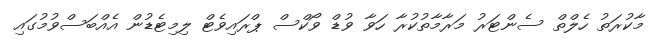
މާކުރަތު ހެލްތް ސެންޓަރު މަރާމާތުކުރާ ހަވާ ވުޑް ވޯކްސް ޕްރައިވެޓް ލިމިޓެޑުން އެއްބަސްވުމުގައި